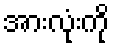
အားလုံးကို